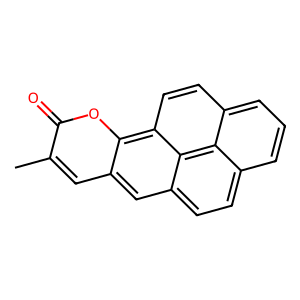
SMILES: Cc1cc2cc3ccc4cccc5ccc(c2oc1=O)c3c45
Inhibits HIV replication: No